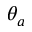
\theta _ { a }